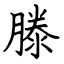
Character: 滕